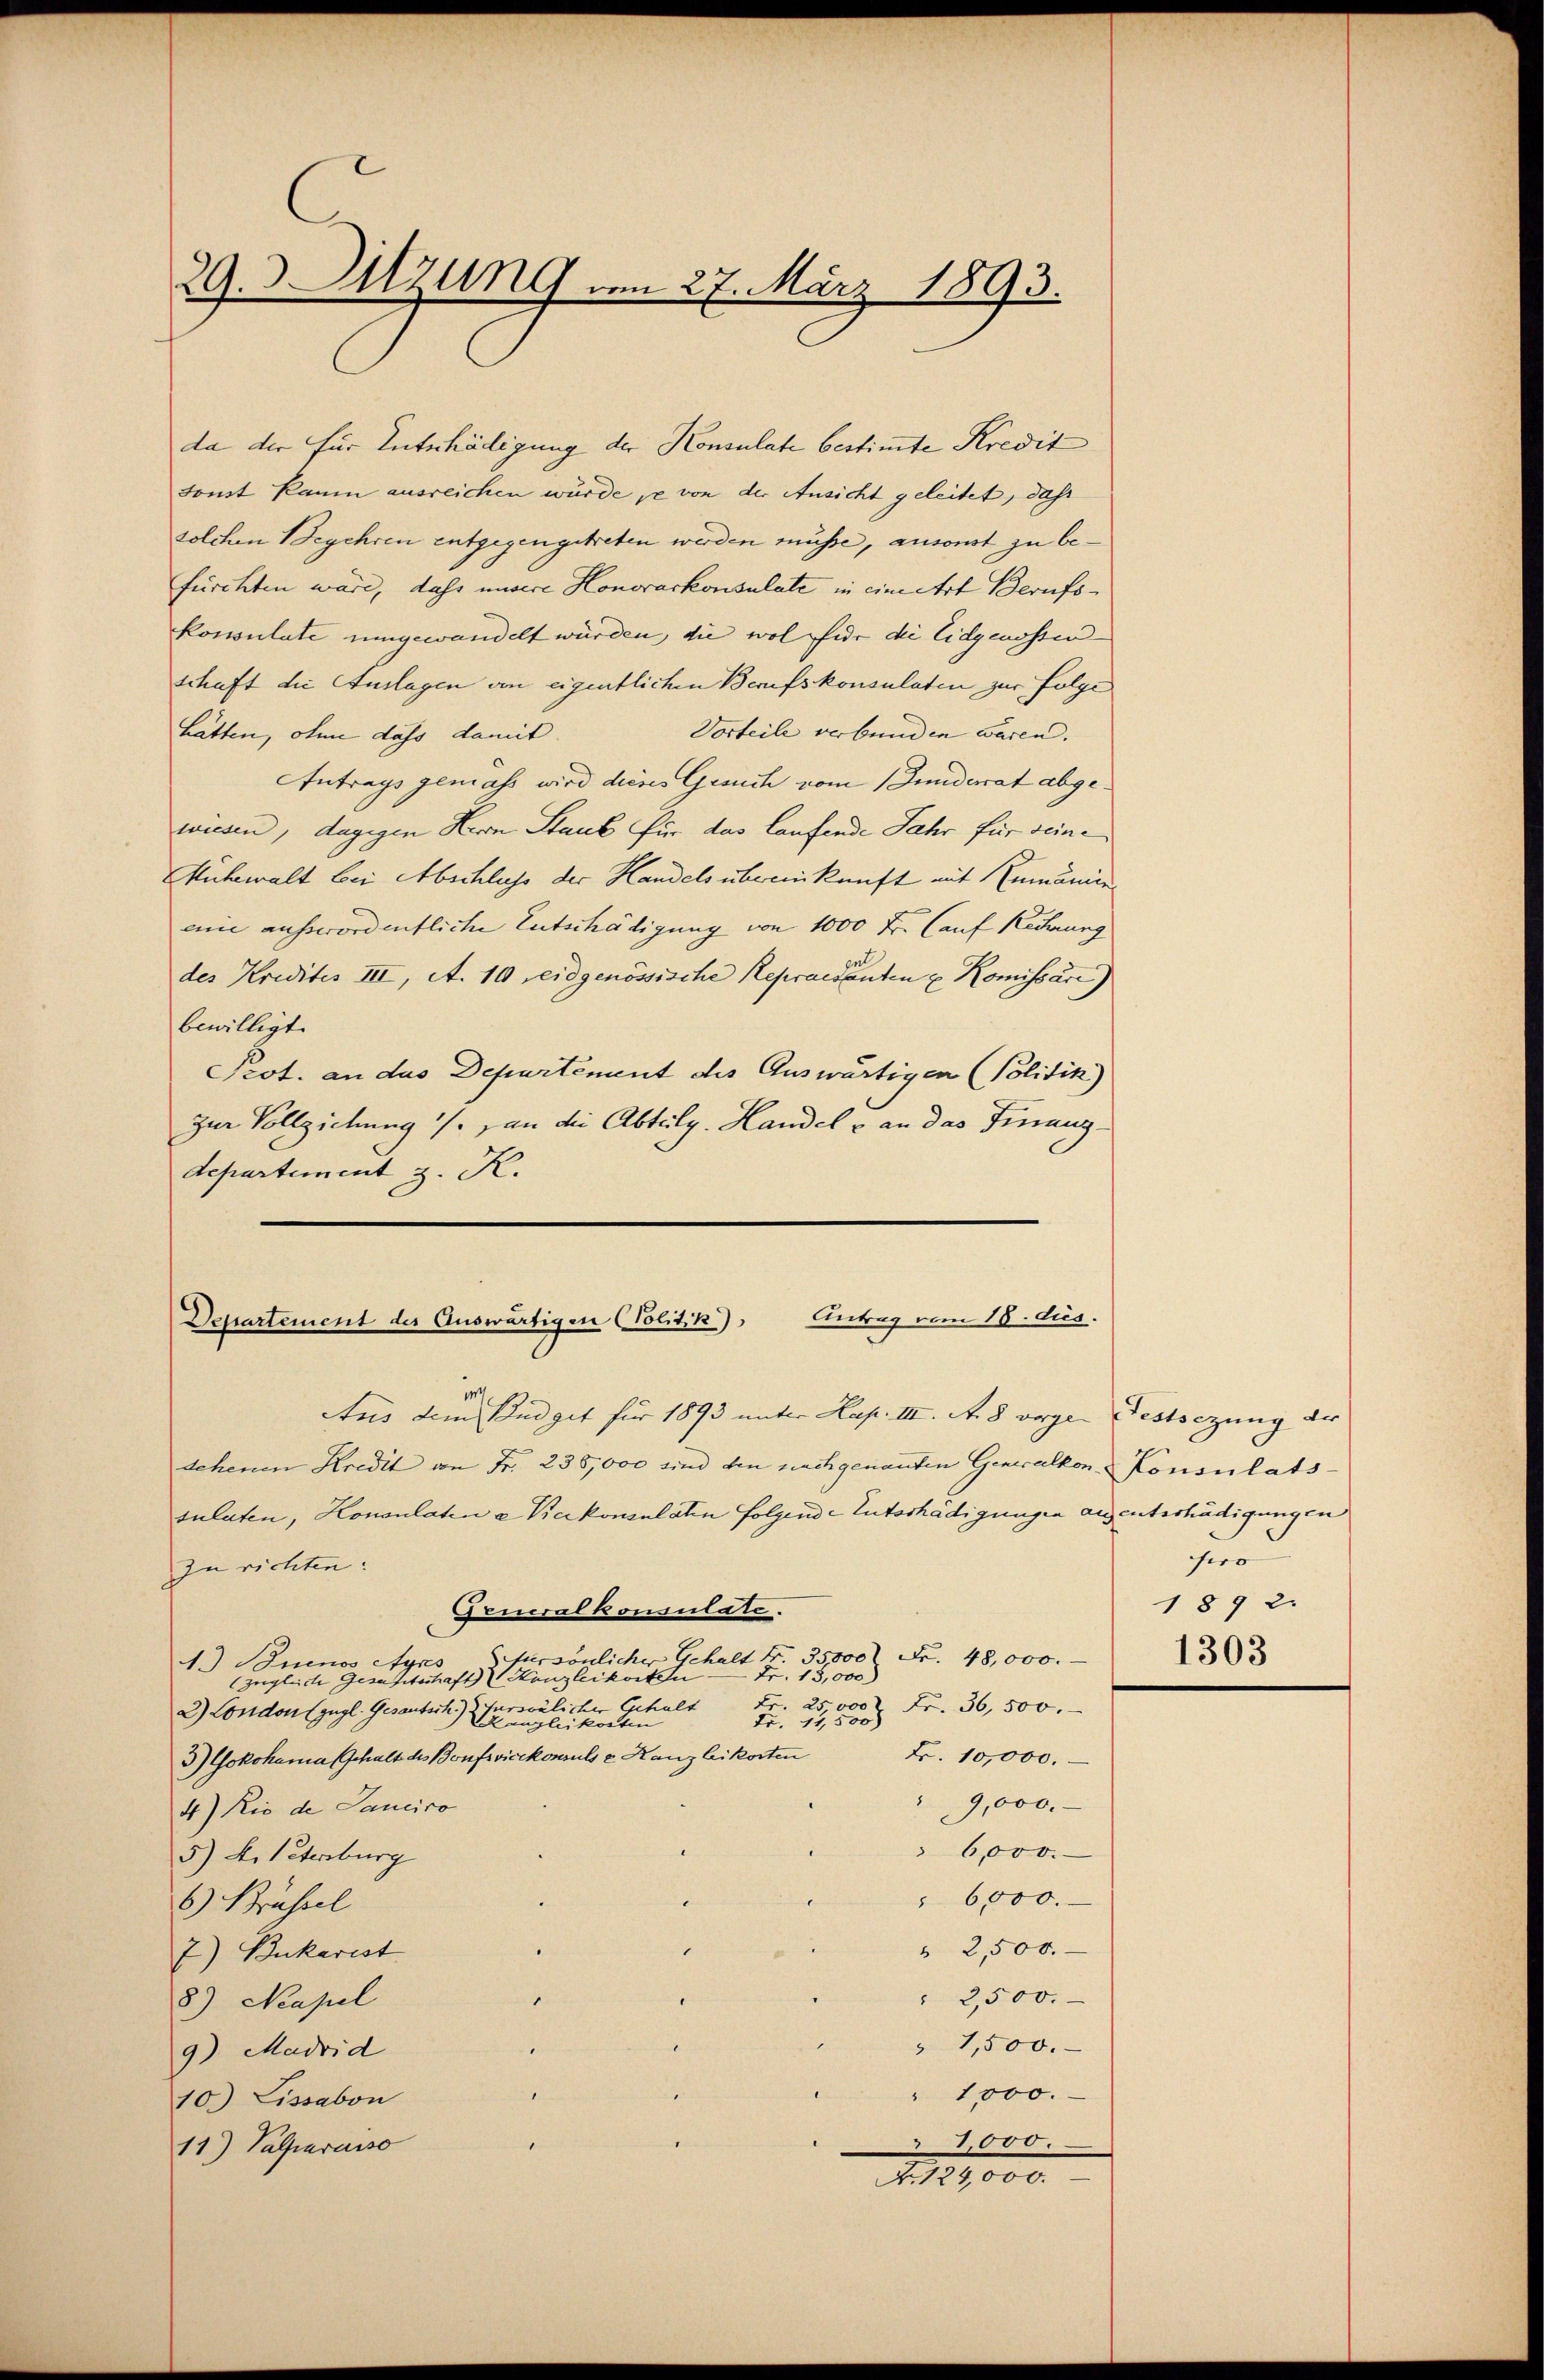
29. Sitzung am 27. März 1893.

da der für Entschädigung der Konsulate bestimmte Kredit
sonst kaum ausreichen würde je von der Ansicht geleitet, daß
solchen Begehren entgegengetreten werden müsse, ansonst zu befurchten wäre, dass unsere Honorarkonsulate in eine Art Berufskonsulate umgewandelt würden, die wol für die Eidgenossen
schaft die Auslagen von eigentlichen Berufskonsulaten zur Folge
Vorteile verbunden wären.
hätten, ohne dass damit
Antrags gemaß wird dieses Gesuch vom Inderat abgewiesen, dagegen Herrn Staub für das laufende Jahr für seine
Mühewalt bei Abschluss der Handels übereinkunft mit Rumänienenie ausserordentliche Entschädigung von 1000 Fr. (auf Rechnung
des Kredites III, A. 10 reidgenössische Repraesenten u. Komissäre)
bewilligt.
Prot. an das Departement des Auswärtigen Politik)
zur Vollziehung / an die Abteilg. Handel & an das Finanz-
departement z. K.

Departement der Auswärtigen (Politik), Antrag vom 18. Jus

Aus dem Budget für 1893 unter Kap. III. A. 8 vorgen Festsezung der
sehenen Kredit von Fr. 235,000 sind den nachgenannten Generalkon Konsulats-
sulaten, Konsulaten u. Karkonsulaten Folgende Entschädigungen aigentschädigungen
zu richten:
Generalkonsulate.
1.) Buenos Ayres persönlicher Gehalt Fr. 35,000 Fr. 48,000.
Fr. 13,000)
(zugleich Geseitschaft Kanzleikorten |
Fr. 25 000 Fr. 36,500.
vreulicher Gehalt
2) London (zügl. Gesandtsch                                ten
Fr. 11,500)
3) Gokohama (Schalt des Bonfsvicekonsuls 2 Kanzleikosten
Fr. 10,000.
9,000.
4) Rio de Sanciro
6,000.
5) A. Vetersburg
 6000.
6) Brüssel
.
 2,500.
7) Bukarist
2,500.
8) Neapel
u
" 1,500.
9) Madrid
" 1,000.
10.) Lissabon
1,000.
11) Palparaiso
N. 119,000

hero
1892.

1303